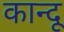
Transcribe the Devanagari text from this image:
कान्दू